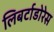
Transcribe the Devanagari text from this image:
लिबर्टाडोरेस